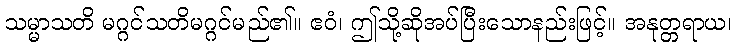
သမ္မာသတိ မဂ္ဂင်သတိမဂ္ဂင်မည်၏။ ဧဝံ၊ ဤသို့ဆိုအပ်ပြီးသောနည်းဖြင့်။ အနုတ္တရာယ၊